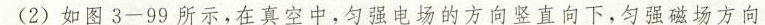
(2)如图3-99所示，在真空中，匀强电场的方向竖直向下，匀强磁场方向